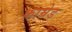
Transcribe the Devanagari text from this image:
काम्रेड